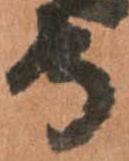
守